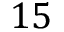
1 5